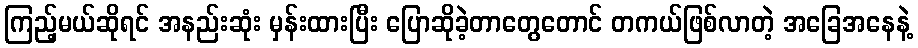
ကြည့်မယ်ဆိုရင် အနည်းဆုံး မှန်းထားပြီး ပြောဆိုခဲ့တာတွေတောင် တကယ်ဖြစ်လာတဲ့ အခြေအနေနဲ့